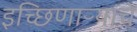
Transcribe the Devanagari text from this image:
इच्छिणाऱ्यांचे